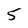
Character: 5